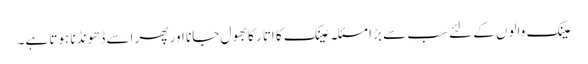
عینک والوں کے لئے سب سے بڑا مسئلہ عینک کا اتار کا بھول جانا اور پھر اسے ڈھونڈنا ہوتا ہے۔